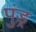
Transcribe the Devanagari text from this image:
पुंड़्र